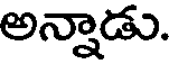
అన్నాడు.